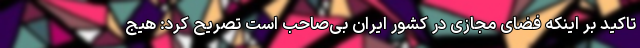
تاکید بر اینکه فضای مجازی در کشور ایران بی‌صاحب است تصریح کرد: هیج